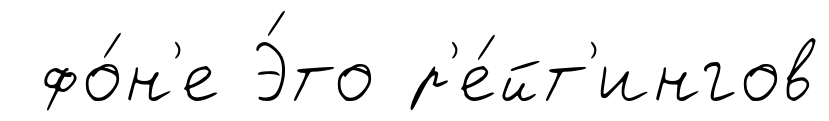
фо́н'е Э́то р'е́йт'ингов